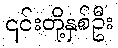
၎င်းတို့နှစ်ဦး